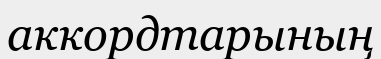
аккордтарының